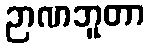
ဉာဏဘူတာ